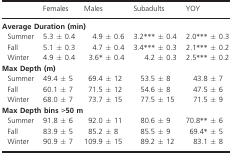
|  | Females | Males | Subadults | YOY |
 | --- | --- | --- | --- | --- |
 | <COLSPAN=5> Average Duration (min) |
 | Summer | 5.3 ± 0.4 | 4.9 ± 0.6 | 3.2*** ± 0.4 | 2.0*** ± 0.3 |
 | Fall | 5.1 ± 0.3 | 4.7 ± 0.4 | 3.4*** ± 0.3 | 2.1*** ± 0.2 |
 | Winter | 4.9 ± 0.4 | 3.6* ± 0.4 | 4.2 ± 0.3 | 2.5*** ± 0.2 |
 | <COLSPAN=5> Max Depth (m) |
 | Summer | 49.4 ± 5 | 69.4 ± 12 | 53.5 ± 8 | 43.8 ± 7 |
 | Fall | 60.1 ± 7 | 71.5 ± 12 | 54.6 ± 8 | 47.5 ± 6 |
 | Winter | 68.0 ± 7 | 73.7 ± 15 | 77.5 ± 15 | 71.5 ± 9 |
 | <COLSPAN=5> Max Depth bins >50 m |
 | Summer | 91.8 ± 6 | 92.0 ± 11 | 80.6 ± 9 | 70.8** ± 6 |
 | Fall | 83.9 ± 5 | 85.2 ± 8 | 85.5 ± 9 | 69.4* ± 5 |
 | Winter | 90.9 ± 7 | 109.9 ± 15 | 89.2 ± 12 | 83.1 ± 8 |